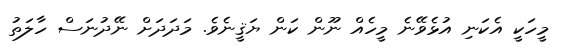
މީހަކީ އެކަނި އުޅެވޭނެ މީހެެއް ނޫން ކަން ޔަޤީނެވެ. މަދަދަށް ނޭދުނަސް ހާލަތު